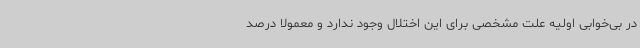
در بی‌خوابی اولیه علت مشخصی برای این اختلال وجود ندارد و معمولا درصد